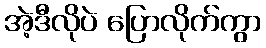
အဲ့ဒီလိုပဲ ပြောလိုက်ကွာ